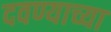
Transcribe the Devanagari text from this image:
दवण्याच्या